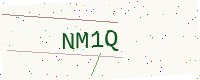
Text: NM1Q